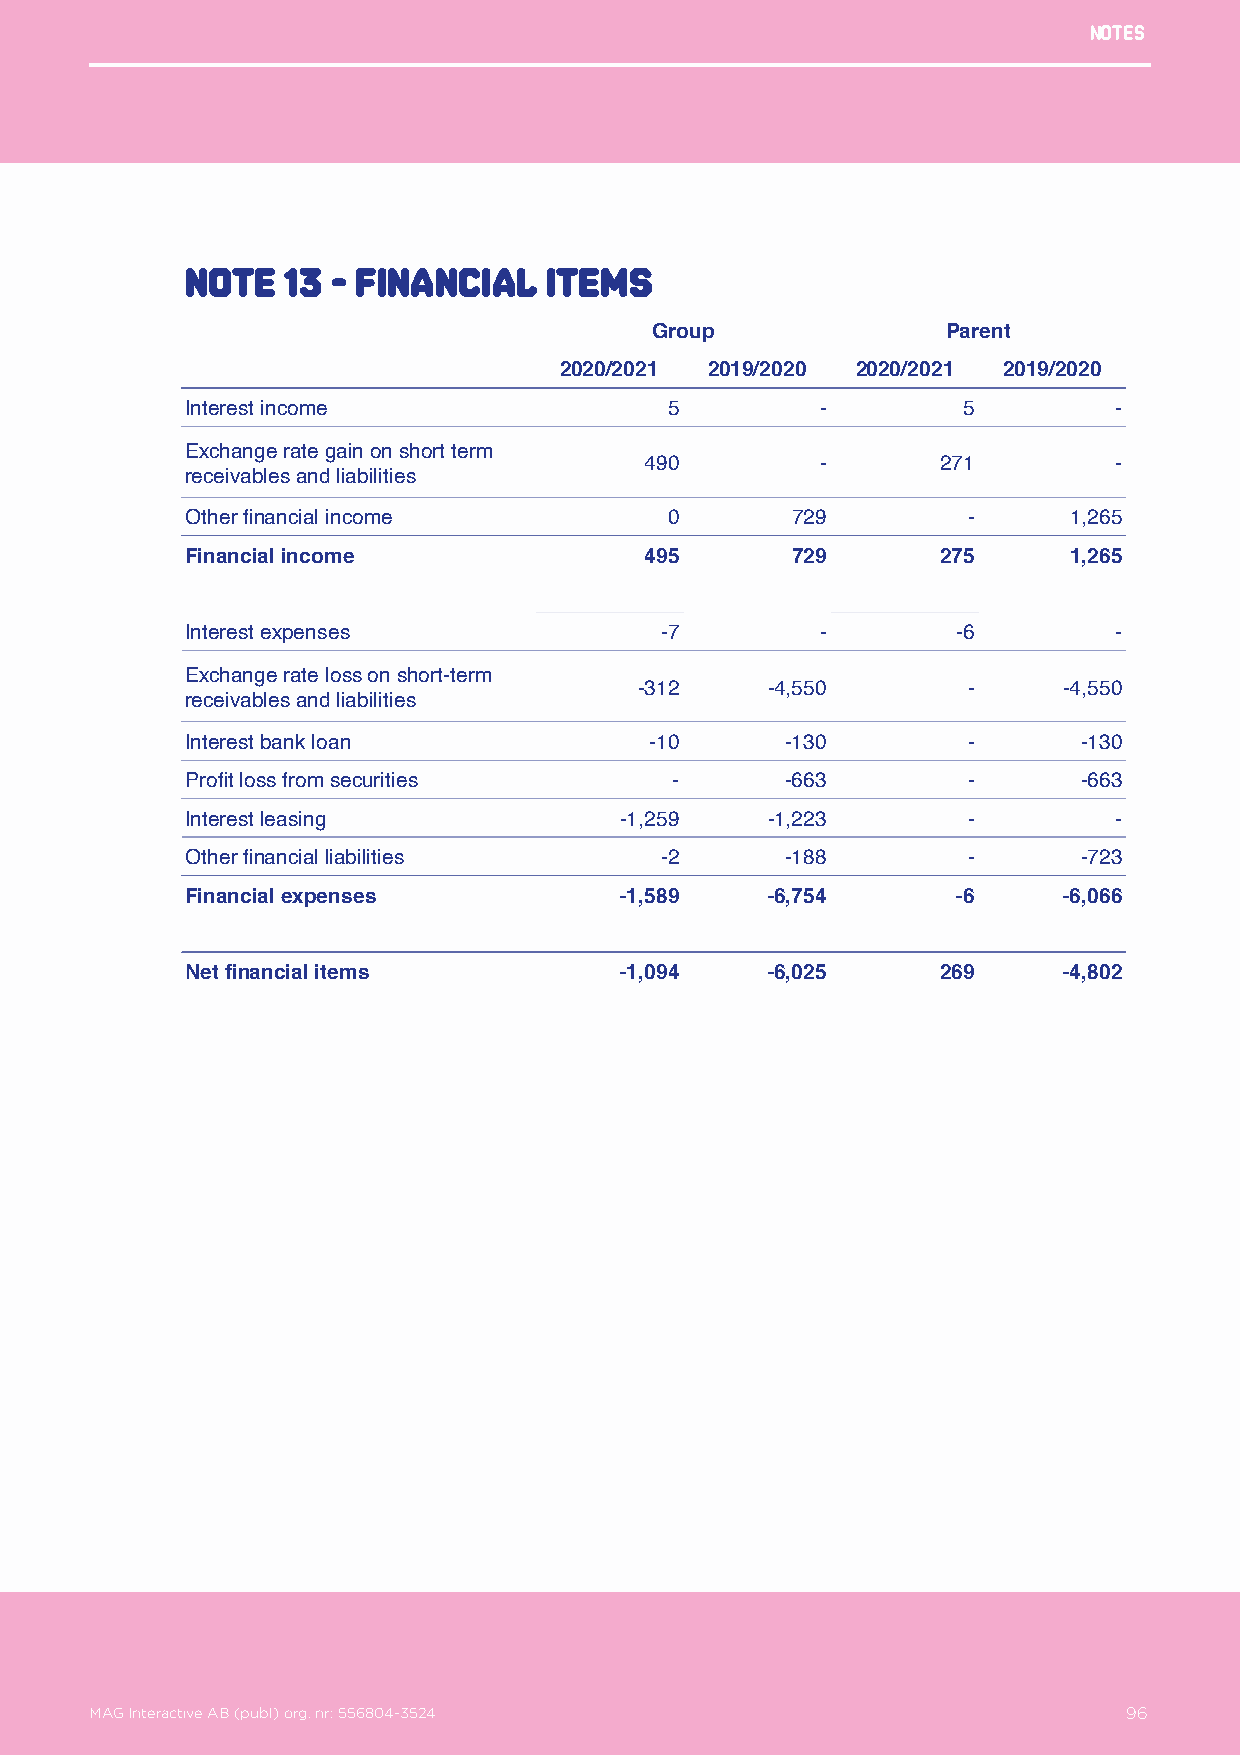
Notes
 Note   13 - Financial   items
 Group               Parent
 2020/2021 2019/2020 2020/2021 2019/2020
 Interest income                 5         -         5         -
 Exchange rate gain on short term
 490        -       271         -
 receivables and liabilities
 Other financial income          0       729         -      1,265
 Financial income               495      729       275      1,265
 Interest expenses               -7        -        -6         -
 Exchange rate loss on short-term
 -312     -4,550       -     -4,550
 receivables and liabilities
 Interest bank loan             -10      -130        -       -130
 Profit loss from securities     -       -663        -       -663
 Interest leasing             -1,259    -1,223       -         -
 Other financial liabilities     -2      -188        -       -723
 Financial expenses           -1,589    -6,754      -6     -6,066
 Net financial items          -1,094    -6,025     269     -4,802
 MAG Interactive AB (publ) org. nr: 556804-3524                   96
 MAG Interactive AB (publ) org. nr: 556804-3524                       96